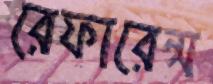
রেফারেন্স